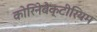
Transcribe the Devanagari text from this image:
कोरिनेबेक्टीरियम